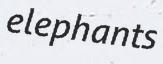
elephants